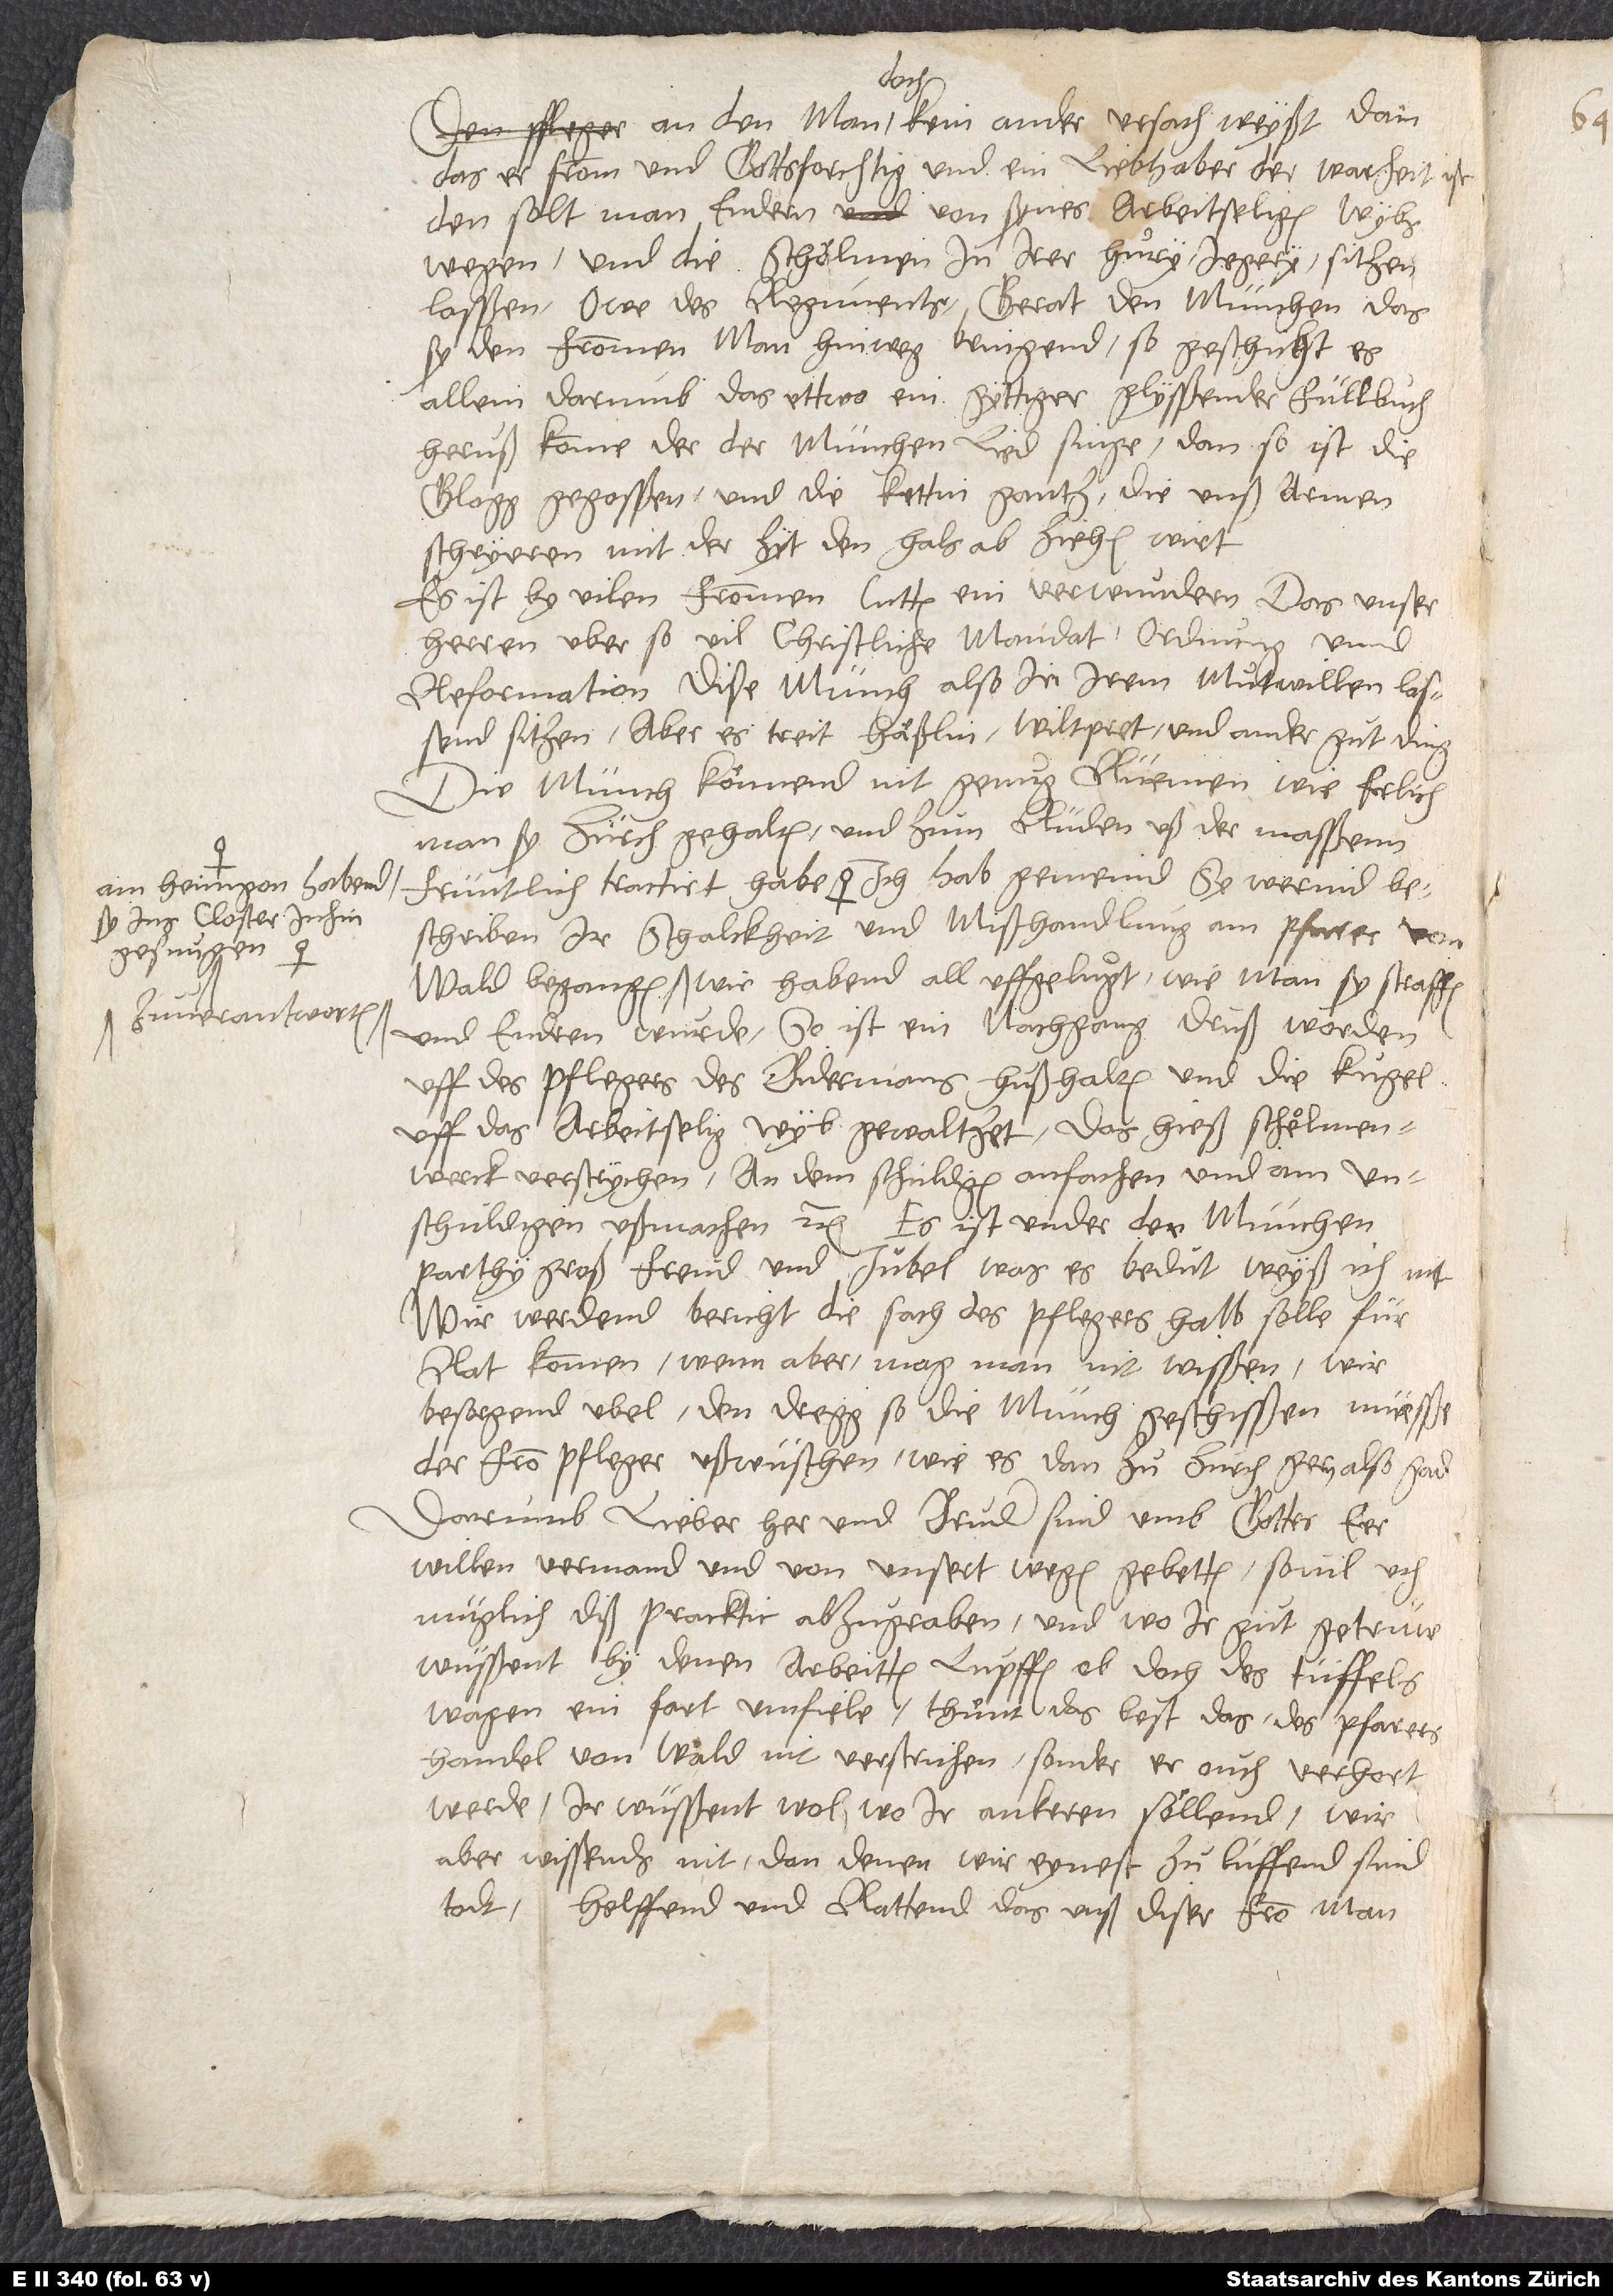
Am heimgon habend
sy ins closter inhin
gesungen.
zu verantworten.

an den man doch kein ander ursach weyßt, dan
das er fromm und gottsforchtig und ein liebhaber der warheit ist.
Den solt man endern von synes arbeitseligen wybs
wegen und die schölmen in irer huͦry, jegery sitzen
lasßen. O we des regiments! Gerat den münchen, das
sy den frommen man hinweg bringend, so geschicht es
allein darumb, das ettwo ein gyttiger, glysßender füllbuch
herußkomme, der der münchen lied singe. Dan so ist die
glogg gegosßen und die kettin gantz, die unß armen
schryeren mit der zyt den hals abziehen wirt.
Es ist by vilen frommen lutten ein verwundern, das unser
herren uber so vil christliche mandat, ordnung unnd
reformation dise münch also in irem muͦtwillen lassend
sitzen. Aber es treit häßlin, wiltpret und ander gut ding!
Die münch könnend nit genuͦg rüemen, wie erlich
man si Zürch gehalten und zum Rüden uß der masßenn
beschriben, ir schalckheit und mißhandlung am pfarer von
und endren wurde. So ist ein nachgang druß worden
uff des pflegers, des bidermans, hußhalten, und die kugel
uff das arbeitselig wyb gewaltzet. Das hieß schelmenwerck
verstrychen an, dem schuldigen anfachen und am
unschuldigen ußmachen etc. Es ist under der münchen
parthy groß freud und jubel. Was es bedüt, weyß ich nit.
Wir werdend bericht, die sach des pflegers halb solle für
rat kommen, wenn aber, mag man nit wisßen. Wir
besorgend ubel, den dregg, so die münch geschisßen, müesße
der from pfleger ußwüschen, wie es dan zu Zurch gern also gad.
Darumb, lieber her und bruder, sind umb gottes eer
willen vermand und von unsertwegen gebetten, so vil uch
müglich diß pracktic abzugraben, und wo ir gut, getrüw
wüsßent, by denen arbeitten, lupffen ob, doch des tüffels
wagen ein fart umfiele. Thünt das best, das des pfarers
handel von Wald nit verstrichen, sonder er ouch verhort
werde. Ir wüsßent wol, wo ir ankeren söllend, wir
aber wissends nit, dan denen wir eynest zulüffend, sind
todt. Helffend und rattend, das unß diser from man